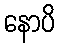
နောပိ